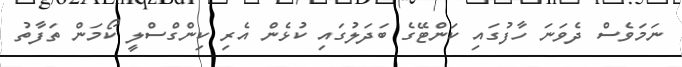
ނަމަވެސް ދެވަނަ ހާފުގައި ކަންޓޭގެ ބަދަލުގައި ކުޅެން އެރި ކިންގްސްލީ ކޯމަން ތަފާތު